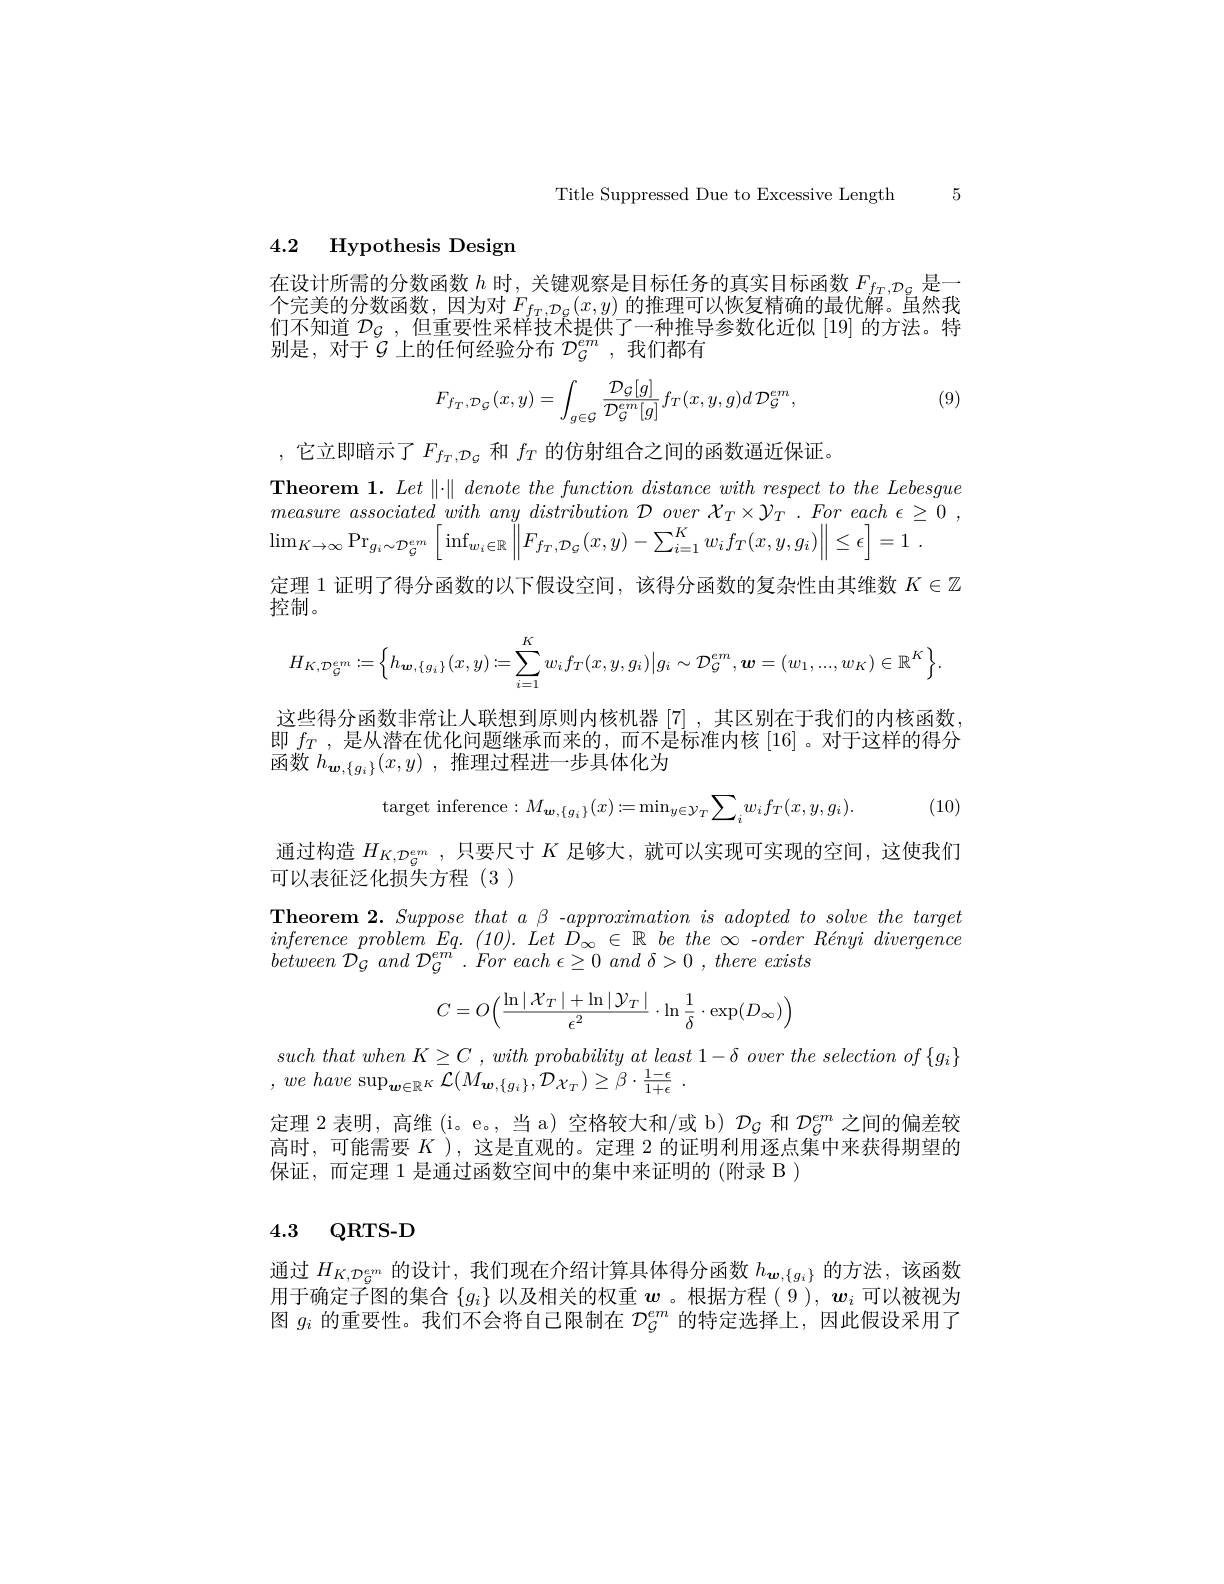
Title Suppressed Due to Excessive Length 5

4.2 Hypothesis Design

在设计所需的分数函数$h$时，关键观察是目标任务的真实目标函数$F_{f_T,\mathcal{D}_G}$是一个完美的分数函数，因为对$F_{f_T,\mathcal{D}_G}(x,y)$的推理可以恢复精确的最优解。虽然我们不知道$\mathcal{D}_{\mathcal{G}}$,但重要性采样技术提供了一种推导参数化近似 [19] 的方法。特别是，对于$G$ 上的任何经验分布 $\mathcal{D}_G^em$ ,我们都有
$$F_{f_{T},\mathcal{D}_{\mathcal{G}}}(x,y)=\int_{g\in\mathcal{G}}\frac{\mathcal{D}_{\mathcal{G}}[g]}{\mathcal{D}_{\mathcal{G}}^{em}[g]}f_{T}(x,y,g)d\:\mathcal{D}_{\mathcal{G}}^{em},$$
(9)

,它立即暗示了$F_{f_T,\mathcal{D}_G}$和$f_T$的仿射组合之间的函数逼近保证。
Theorem 1. $Let\| \cdot \| \textit{denote the function distance with respect to the Lebesgue}$
$$\lim_{K\to\infty}\mathrm{Pr}_{g_{i}\sim\mathcal{D}_{G}^{em}}\left[\inf_{w_{i}\in\mathbb{R}}\left\|F_{f_{T},\mathcal{D}_{G}}(x,y)-\sum_{i=1}^{K}w_{i}f_{T}(x,y,g_{i})\right\|\leq\epsilon\right]=1\:.$$
定理 1 证明了得分函数的以下假设空间，该得分函数的复杂性由其维数$K\in\mathbb{Z}$
控制。
$$H_{K,\mathcal{D}_{\mathcal{G}}^{e,m}}:=\Big\{h_{\boldsymbol{w},\{g_{i}\}}(x,y):=\sum_{i=1}^{K}w_{i}f_{T}(x,y,g_{i})\Big|g_{i}\sim\mathcal{D}_{\mathcal{G}}^{e,m},\boldsymbol{w}=(w_{1},...,w_{K})\in\mathbb{R}^{K}\Big\}.$$
这些得分函数非常让人联想到原则内核机器[7],其区别在于我们的内核函数即$f_T$,是从潜在优化问题继承而来的，而不是标准内核 [16]。对于这样的得分函数$h_{\boldsymbol{w}, \{ g_i\} }( x, y)$ ,推理过程进一步具体化为
$$\mathrm{target~inference}:M_{\boldsymbol{w},\{g_i\}}(x):=\mathrm{min}_{y\in\mathcal{Y}_T}\sum_iw_if_T(x,y,g_i).$$
(10)

通过构造$H_{K, \mathcal{D} _G^{em}}$ ,只要尺寸$K$足够大，就可以实现可实现的空间，这使我们
可以表征泛化损失方程(3)
$\begin{array}{ll}{\mathbf{Theorrem~2.~Suppose~that~a~\beta~-approximation~is~adopted~to~solve~the~target}\\{inference~problem~Eq.~(10).~Let~D_{\infty}~\in~\mathbb{R}~be~the~\infty~-order~Rényi~divergence}\\{between~\mathcal{D}_{\mathcal{G}}~and~\mathcal{D}_{\mathcal{G}}^{em}~.~For~each~\epsilon\geq0~and~\delta>0~,~there~exists}\end{array}}$
$$C=O\Big(\frac{\ln\mid\mathcal{X}_T\mid+\ln\mid\mathcal{Y}_T\mid}{\epsilon^2}\cdot\ln\frac{1}{\delta}\cdot\exp(D_\infty)\Big)$$
such that when $K\geq C$ , with probability $at$ least $1- \delta$ over the selection $of$ $\{ g_{i}\}$

, $we$ have $\sup _{\boldsymbol{w}\in \mathbb{R} ^K}{\mathcal{L} }( M_{\boldsymbol{w}, \{ g_i\} }, {\mathcal{D} }_{\mathcal{X} _T}) \geq {\mathcal{\beta } }\cdot {\frac {1- \epsilon }{1+ \epsilon }}$ .
定理 2 表明，高维(i。e。, 当 a) 空格较大和/或 b) $\mathcal{D}_{G}$和$\mathcal{D}_{G}^{em}$之间的偏差较高时，可能需要$K$ ),这是直观的。定理 2 的证明利用逐点集中来获得期望的保证，而定理 1 是通过函数空间中的集中来证明的(附录 B)

## 4.3 QRTS-D

通过$H_{K,\mathcal{D}_{G}^{em}}$的设计，我们现在介绍计算具体得分函数$h_{\boldsymbol{w},\{g_{i}\}}$的方法，该函数用于确定子图的集合$\{g_i\}$以及相关的权重$w$ 。根据方程(9), $w_i$可以被视为图$g_i$的重要性。我们不会将自己限制在$\mathcal{D}_\mathcal{G}^em$的特定选择上，因此假设采用了